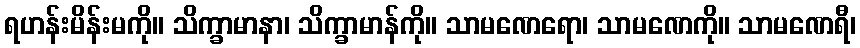
ရဟန်းမိန်းမကို။ သိက္ခာမာနာ၊ သိက္ခာမာန်ကို။ သာမဏေရော၊ သာမဏေကို။ သာမဏေရီ၊